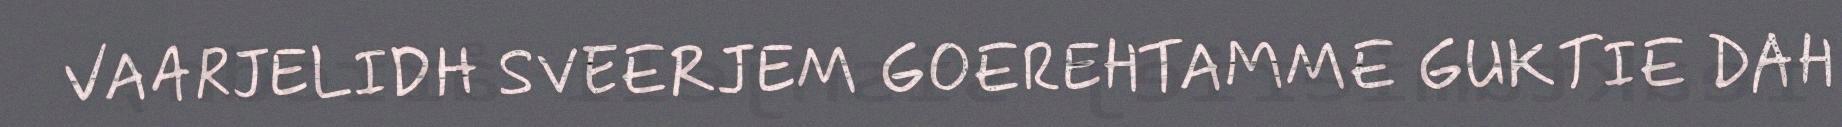
VAARJELIDH SVEERJEM GOEREHTAMME GUKTIE DAH